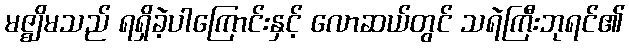
မဇ္ဈိမသည် ရရှိခဲ့ပါကြောင်းနှင့် လောဆယ်တွင် သရဲကြီးဘုရင်၏